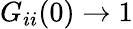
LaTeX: G_{ii}(0)\rightarrow 1